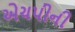
એચપીની